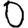
Digit: 0